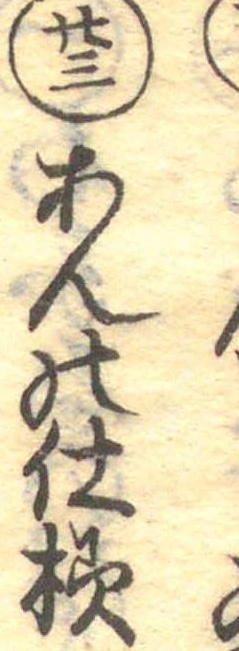
廿三あんの仕様